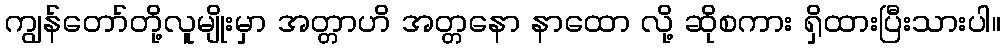
ကျွန်တော်တို့လူမျိုးမှာ အတ္တာဟိ အတ္တနော နာထော လို့ ဆိုစကား ရှိထားပြီးသားပါ။